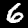
Label: 6